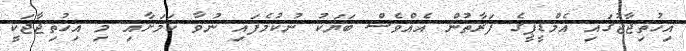
އިހުތިޖާޖުގައި އެމްޑީޕީގެ ފަރާތުން އެއްވެސް ބަޔަކު ނުކުމެފައި ނުވާ ކަމަށާއި މި އިހުތިޖާޖަކީ